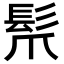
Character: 𩬐